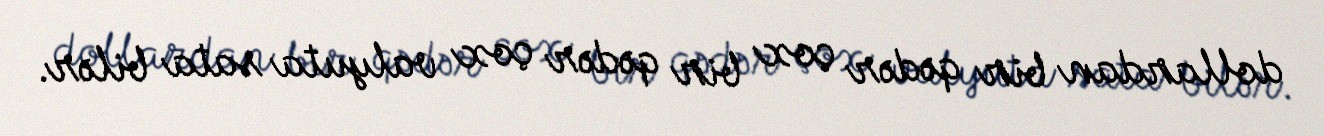
dollardan bir qədər çox bir qədər çox valyuta sata bilər.